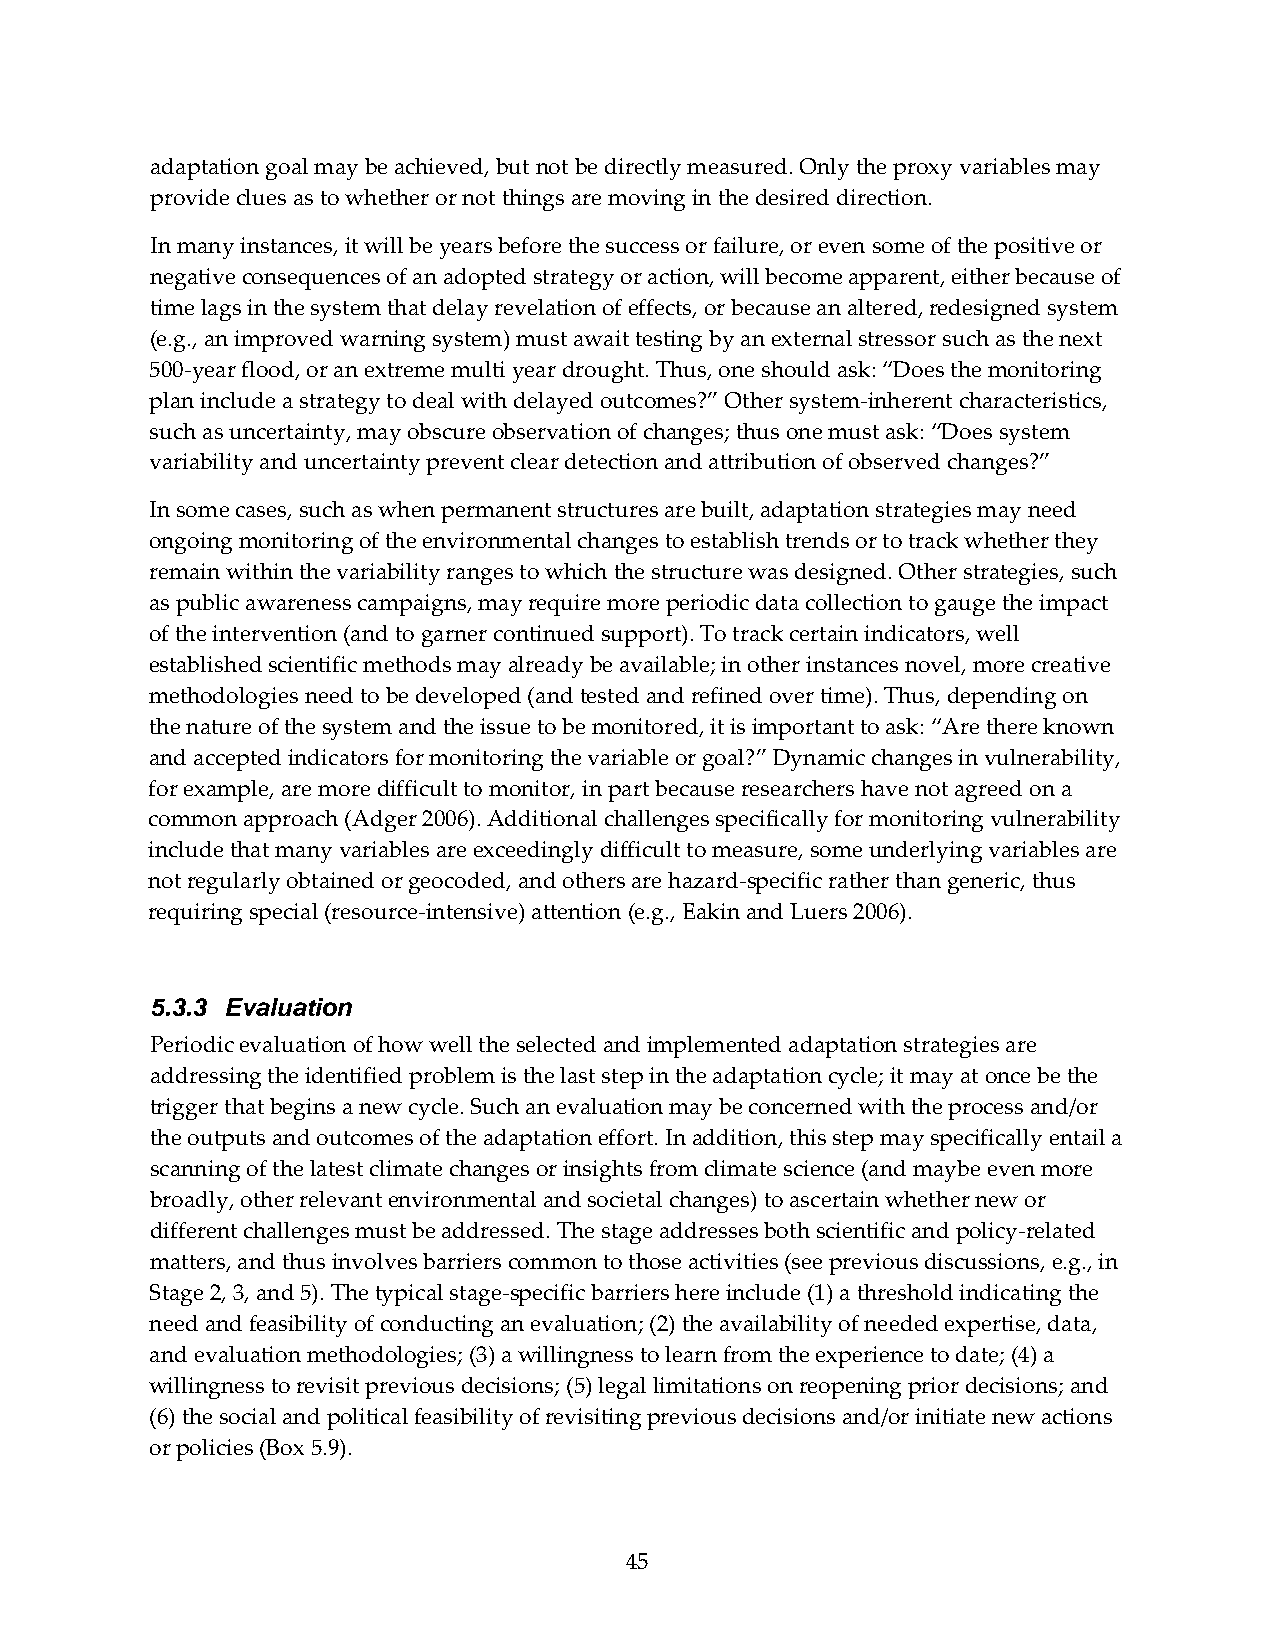
adaptation goal may be achieved, but not be directly measured. Only the proxy variables may
 provide clues as to whether or not things are moving in the desired direction.
 In many instances, it will be years before the success or failure, or even some of the positive or
 negative consequences of an adopted strategy or action, will become apparent, either because of
 time lags in the system that delay revelation of effects, or because an altered, redesigned system
 (e.g., an improved warning system) must await testing by an external stressor such as the next
 500‐year flood, or an extreme multi year drought. Thus, one should ask: “Does the monitoring
 plan include a strategy to deal with delayed outcomes?” Other system‐inherent characteristics,
 such as uncertainty, may obscure observation of changes; thus one must ask: “Does system
 variability and uncertainty prevent clear detection and attribution of observed changes?”
 In some cases, such as when permanent structures are built, adaptation strategies may need
 ongoing monitoring of the environmental changes to establish trends or to track whether they
 remain within the variability ranges to which the structure was designed. Other strategies, such
 as public awareness campaigns, may require more periodic data collection to gauge the impact
 of the intervention (and to garner continued support). To track certain indicators, well
 established scientific methods may already be available; in other instances novel, more creative
 methodologies need to be developed (and tested and refined over time). Thus, depending on
 the nature of the system and the issue to be monitored, it is important to ask: “Are there known
 and accepted indicators for monitoring the variable or goal?” Dynamic changes in vulnerability,
 for example, are more difficult to monitor, in part because researchers have not agreed on a
 common approach (Adger 2006). Additional challenges specifically for monitoring vulnerability
 include that many variables are exceedingly difficult to measure, some underlying variables are
 not regularly obtained or geocoded, and others are hazard‐specific rather than generic, thus
 requiring special (resource‐intensive) attention (e.g., Eakin and Luers 2006).
 5.3.3 Evaluation
 Periodic evaluation of how well the selected and implemented adaptation strategies are
 addressing the identified problem is the last step in the adaptation cycle; it may at once be the
 trigger that begins a new cycle. Such an evaluation may be concerned with the process and/or
 the outputs and outcomes of the adaptation effort. In addition, this step may specifically entail a
 scanning of the latest climate changes or insights from climate science (and maybe even more
 broadly, other relevant environmental and societal changes) to ascertain whether new or
 different challenges must be addressed. The stage addresses both scientific and policy‐related
 matters, and thus involves barriers common to those activities (see previous discussions, e.g., in
 Stage 2, 3, and 5). The typical stage‐specific barriers here include (1) a threshold indicating the
 need and feasibility of conducting an evaluation; (2) the availability of needed expertise, data,
 and evaluation methodologies; (3) a willingness to learn from the experience to date; (4) a
 willingness to revisit previous decisions; (5) legal limitations on reopening prior decisions; and
 (6) the social and political feasibility of revisiting previous decisions and/or initiate new actions
 or policies (Box 5.9).
 45